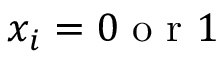
x _ { i } = 0 \mathrm { ~ o ~ r ~ } 1